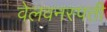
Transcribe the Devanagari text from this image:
वेलवनस्पती